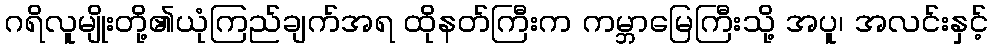
ဂရိလူမျိုးတို့၏ယုံကြည်ချက်အရ ထိုနတ်ကြီးက ကမ္ဘာမြေကြီးသို့ အပူ၊ အလင်းနှင့်